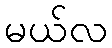
မယ်လ